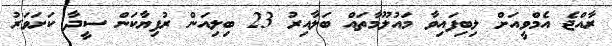
ރާއްޖެ އެމްވީއަށް ލިބިފައިވާ މައުލޫމާތައް ބަލާއިރު 23 ބިލިއަން ރުފިޔާކަން ސީދާ ކަށަވަރު